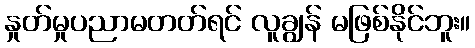
နှုတ်မှုပညာမတတ်ရင် လူချွန် မဖြစ်နိုင်ဘူး။